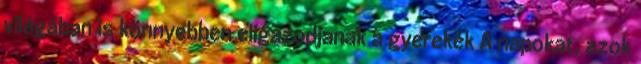
világában is könnyebben eligazodjanak a gyerekek A napokat, azok